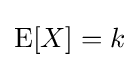
\operatorname {E} [X]=k